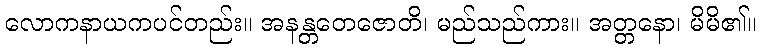
လောကနာယကပင်တည်း။ အနန္တတေဇောတိ၊ မည်သည်ကား။ အတ္တနော၊ မိမိ၏။